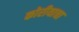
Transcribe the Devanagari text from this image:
कोरीयाचा